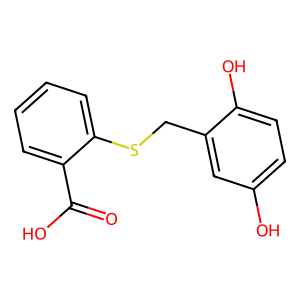
SMILES: O=C(O)c1ccccc1SCc1cc(O)ccc1O
Inhibits HIV replication: No